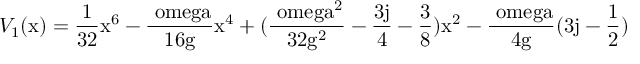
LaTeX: V _ { 1 } ( \mathrm { x ) = \frac { 1 } { 3 2 } \mathrm { x ^ { 6 } - \frac { \ o m e g a } { 1 6 \mathrm { g } } \mathrm { x ^ { 4 } + ( \frac { \ o m e g a ^ { 2 } } { 3 2 \mathrm { g ^ { 2 } } } - \frac { 3 j } { 4 } - \frac { 3 } { 8 } ) \mathrm { x ^ { 2 } - \frac { \ o m e g a } { 4 \mathrm { g } } ( 3 j - \frac { 1 } { 2 } ) } } } }